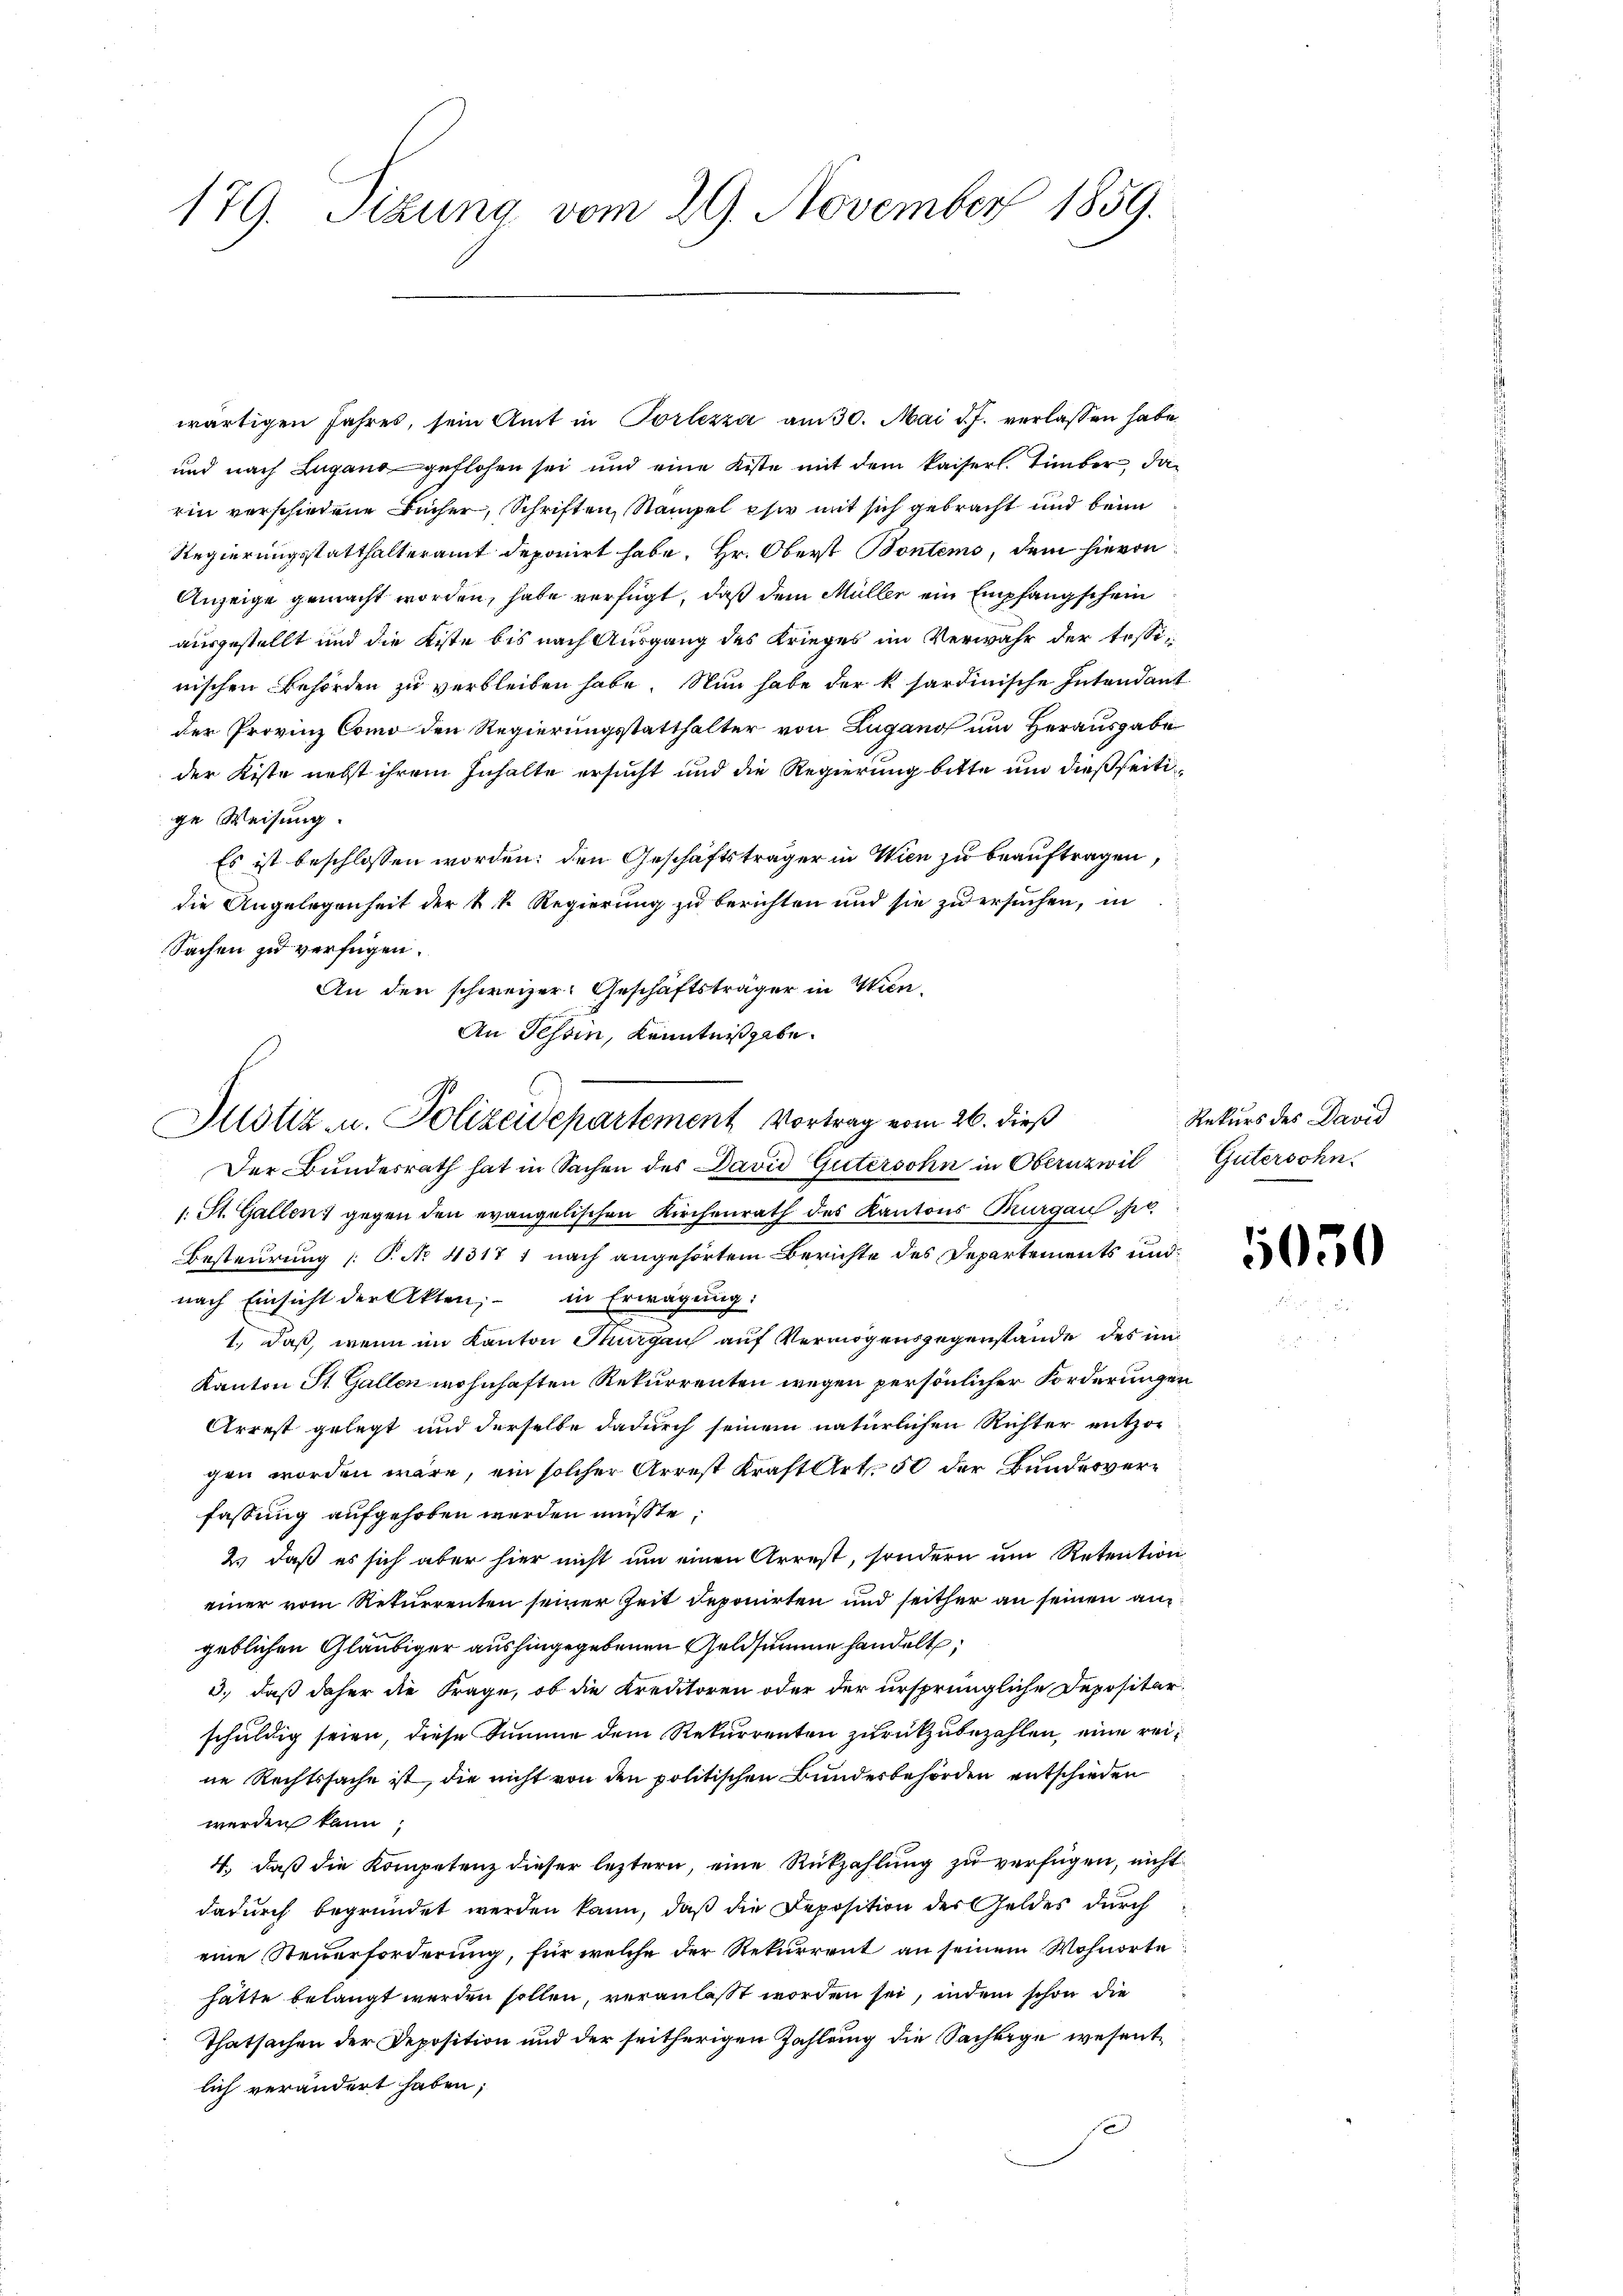
179. Sizung vom 29. November 1859.

wärtigen Jahres, sein Amt in Portezza am 30. Mai d. J. verlassen habe
und nach Lugano geflohen sei und eine Kiste mit dem kaiserl. Timber, darin verschiedene Bücher, Schriften Stampel eher mit sich gebracht und beim
Regierungsstatthalteramt deponirt habe. Hr. Oberst Bontems, dem hievon
Anzeige gemacht worden, habe verfügt, daß dem Müller ein Empfangschein
ausgestellt und die Kiste bis nach Ausgang des Krieges im Verwahr der Tessinischen Behörden zu verbleiben habe. Nun habe der k. hardinische Intendant
der Provinz Como den Regierungsstatthalter von Lugano um Herausgabe
der Kiste nebst ihrem Inhalte ersucht und die Regierung bitte und dießseitige Weisung.
Es ist beschlossen worden; den Geschäftsträger in Wien zu beauftragen
die Angelegenheit der k. k. Regierung zu berichten und sie zu ersuchen, in
Sachen zu verfügen.
Der Bundesrath hat in Sachen des David Gutersohn in Oblruzwil
1. St. Gallen gegen den evangelischen Kirchenrath des Kantons Thurgau de
Besteurung (: P. No 4317 1 nach angehörtem Berichte des Departements und
nach Einsicht der Akten, in Erwägung:
1., daß, wenn im Kanton Thurgau auf Vermögensgegenstände des un
Kanton St. Gallen wohnhaften Rekurrenten wegen persönlicher Forderungen
Arrest gelegt und derselbe dadurch seinem natürlichen Richter entzogen worden wäre, ein solcher Arrest Kraft Art. 50 der Bundesverfassung aufgehoben werden müßte.
2. daß es sich aber hier nicht um einen Arrest, sondern um Retention
einer vom Rekurrenten seiner Zeit deponirten und seither an seinen angeblichen Gläubiger aushingegebenen Geldsumme handelt,
3., daß daher die Frage, ob die Kreditoren oder der ursprüngliche Depositar-
schuldig seien, diese Summe dem Rekurrenten zurückzubezahlen, eine reine Rechtssache ist, die nicht von den politischen Bundesbehörden entschieden
werden kann,
4., daß die Kompetenz dieser leztern, eine Rückzahlung zu verfügen, nicht
dadurch begründet werden kann, daß die Deposition der Geldes durch
eine Steuerforderung, für welche der Rekurrent an seinem Wohnorte
hätte belangt werden sollen, veranlaßt worden sei, indem schon die
Thatsachen der Deposition und der seitherigen Zahlung die Sachbige wesentlich verändert haben;
f

An den schweizer. Geschäftsträger in Wien¬
An Tessin, Kenntnißgabe
Justiz- u. Polizeidepartement Vortrag vom 26. dieß

Rekurs des David
Gütersohn.

1050